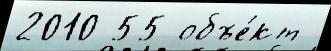
2010 55 объе́кт